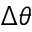
\Delta \theta